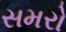
સમરો